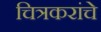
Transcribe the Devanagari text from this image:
चित्रकरांचे